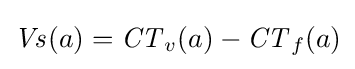
{\mathit {Vs}}(a)={\mathit {CT}}_{v}(a)-{\mathit {CT}}_{f}(a)